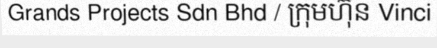
Grands Projects Sdn Bhd / ក្រុមហ៊ុន Vinci